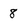
Character: 8